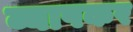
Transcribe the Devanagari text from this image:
व्यापकर